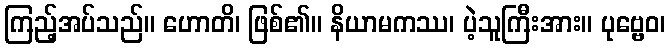
ကြည့်အပ်သည်။ ဟောတိ၊ ဖြစ်၏။ နိယာမကဿ၊ ပဲ့သူကြီးအား။ ပုဗ္ဗေဝ၊